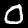
Label: 0